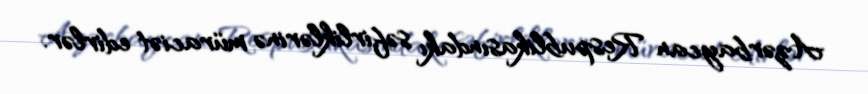
Azərbaycan Respublikasındakı səfirliklərinə müraciət edirlər.